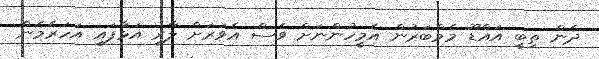
ދެން ތިބީ އައްޑޫ މެމްބަރުން އެމީހުންނަށް ވެސް އެވަރަށް ލާރި އަޅާފައި އަހަރެމެން